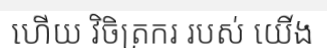
ហើយ វិចិត្រករ របស់ យើង